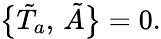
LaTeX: \bigl\{ \tilde{T}_{a},\, \tilde{A}\bigr\} =0.